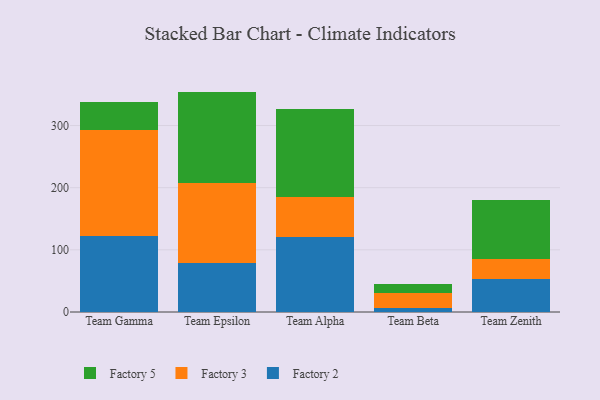
{"axis": {"x": "Team", "y": "Churn Rate (%)"}, "legend": ["Factory 2", "Factory 3", "Factory 5"], "data": [{"x": "Team Gamma", "y": 122.9, "type": "Factory 2"}, {"x": "Team Gamma", "y": 169.7, "type": "Factory 3"}, {"x": "Team Gamma", "y": 45.3, "type": "Factory 5"}, {"x": "Team Epsilon", "y": 78.4, "type": "Factory 2"}, {"x": "Team Epsilon", "y": 128.4, "type": "Factory 3"}, {"x": "Team Epsilon", "y": 147.8, "type": "Factory 5"}, {"x": "Team Alpha", "y": 120.3, "type": "Factory 2"}, {"x": "Team Alpha", "y": 64.5, "type": "Factory 3"}, {"x": "Team Alpha", "y": 141.7, "type": "Factory 5"}, {"x": "Team Beta", "y": 7.2, "type": "Factory 2"}, {"x": "Team Beta", "y": 22.8, "type": "Factory 3"}, {"x": "Team Beta", "y": 15.2, "type": "Factory 5"}, {"x": "Team Zenith", "y": 52.6, "type": "Factory 2"}, {"x": "Team Zenith", "y": 33.4, "type": "Factory 3"}, {"x": "Team Zenith", "y": 94.9, "type": "Factory 5"}]}